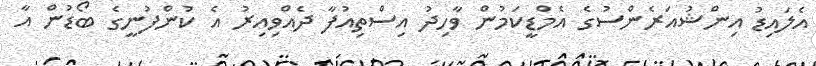
އެލައިޑު އިންޝުއަރެންސުގެ އެމްޑީކަމުން ވާހިދު އިސްތިއުފާ ދެއްވިއިރު އެ ކުންފުނީގެ ބޯޑުން އާ